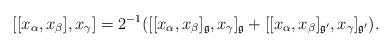
LaTeX: \begin{align*} [[x_\alpha,x_\beta],x_\gamma]=2^{-1}([[x_\alpha,x_\beta]_{\frak g},x_\gamma]_{\frak g} +[[x_\alpha,x_\beta]_{\frak g'},x_\gamma]_{\frak g'}). \end{align*}